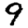
Digit: 9